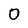
Character: 0